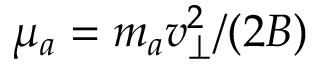
\mu _ { a } = m _ { a } v _ { \perp } ^ { 2 } / ( 2 B )